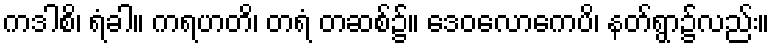
ကဒါစိ၊ ရံခါ။ ကရဟတိ၊ တရံ တဆစ်၌။ ဒေဝလောကေပိ၊ နတ်ရွာ၌လည်း။